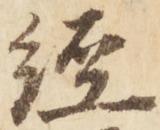
経